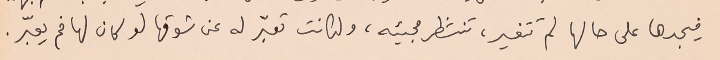
فيجدها على حالها لم تتغير، تنتظر مجيئه، ولكانت تعبّر له عن شوقها لو كان لها فم يعبّر.